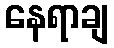
နေရာချ